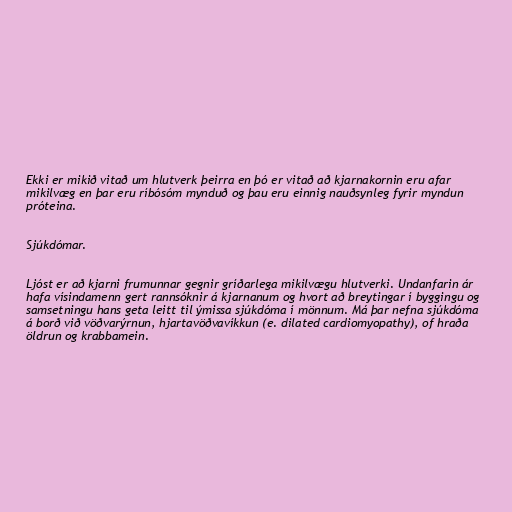
Ekki er mikið vitað um hlutverk þeirra en þó er vitað að kjarnakornin eru afar
mikilvæg en þar eru ríbósóm mynduð og þau eru einnig nauðsynleg fyrir myndun
próteina.

Sjúkdómar.

Ljóst er að kjarni frumunnar gegnir gríðarlega mikilvægu hlutverki. Undanfarin ár
hafa vísindamenn gert rannsóknir á kjarnanum og hvort að breytingar í byggingu og
samsetningu hans geta leitt til ýmissa sjúkdóma í mönnum. Má þar nefna sjúkdóma
á borð við vöðvarýrnun, hjartavöðvavíkkun (e. dilated cardiomyopathy), of hraða
öldrun og krabbamein.